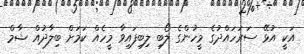
އަކީ އުޅޭ ސަރަހައްދުގެ މީހުންގެ ލޯބި ލިބިފައިވާ މީހެއް ކަމަށް ބިލާދުއް ޝާމް